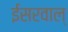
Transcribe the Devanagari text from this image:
ईसरवाल्